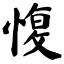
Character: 愎